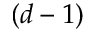
( d - 1 )